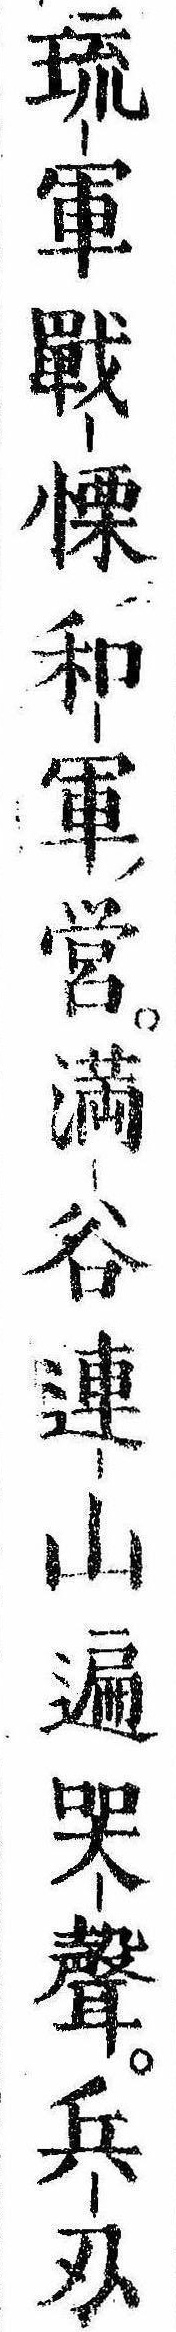
琉軍戦慄和軍営満谷連山遍哭声兵刅